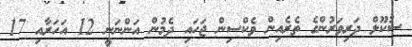
ސުކޫލް ދަރިވަރުންގެ ތެރެއިން ވެކްސިން ޖަހައި ދެމުން އަންނަނީ 12 އަހަރާއި 17